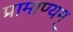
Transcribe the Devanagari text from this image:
प्रामाण्यम्